EELK_Reigi_kogudus, lk 7
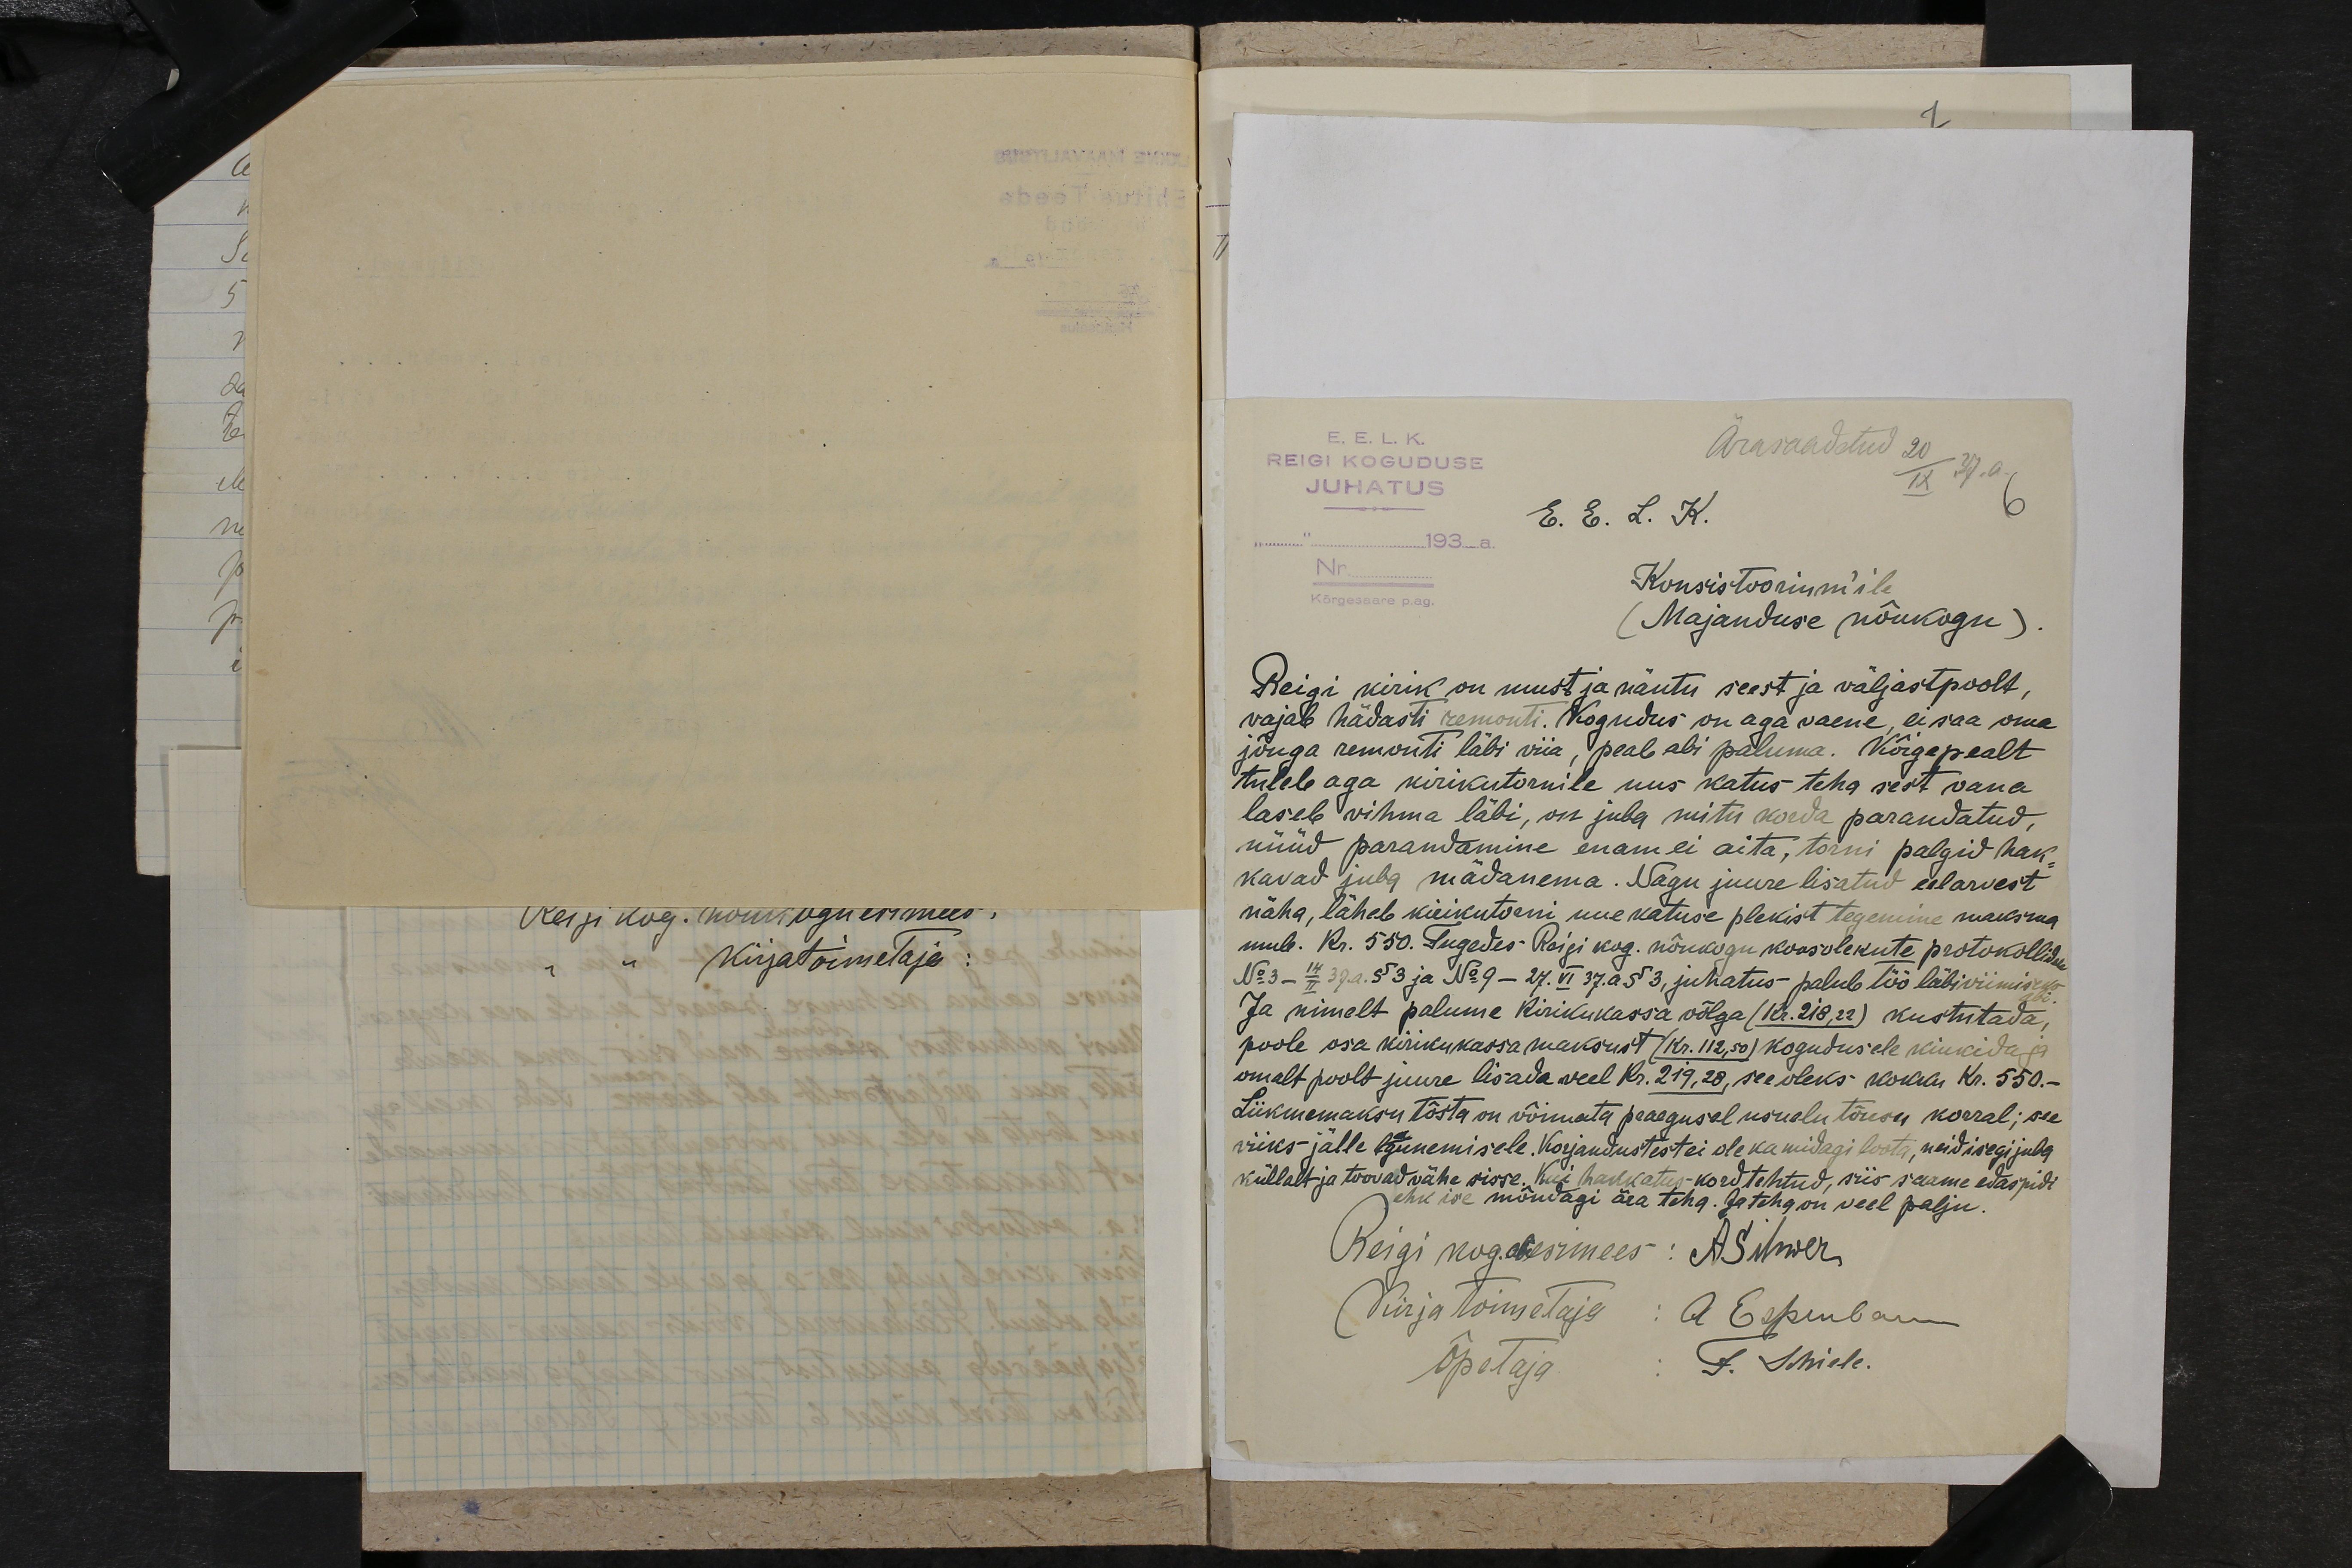
E.E.L.K.
REIGI KOGUDUSE
Ärasaadetud
JUHATUSE
20 IX.37.a.
E. E. L. K.
6
" 193 a.
Nr.
Konsistooriumile
Kõrgesaare p.ag.
(Majanduse (nõukogu).
Reigi kirik on must ja näutu seest ja väljastpoolt
vajab hädasti remonti. Kogudus on aga vaene, ei saa oma
jõuga remonti läbi viia, peab abi paluma. Kõigepealt
tuleb aga kirikutornile uus katus teha sest vana
laseb vihma läbi, on juba mitu korda parandatud.
nüüd parandamine enam ei aita, torni palgid hak-
kavad juba mädanema. Nagu juure lisatud eelarvest
näha, läheb kirikutseni uue katuse plekist tegemine maksma
mule. Kr. 550. Lugedes Reigi kog. nõukogu koosolekute protokollidest
No 3 - 14 II 37.a. §3 ja No 9- 27 VI 37. a §3, juhatus palub töö läbiviimiseks
Ja nimelt palume kirikukassa võlga (Kr. 218,22) kustutada.
poole osa kirikukassa maksust (kr. 112,50) kogudusele kinkida,
omalt poolt juure lisada veel Kr.219,28, see oleks kokku Kr. 550.-
Liiikmemaksu tõsta on võimata praegusel usuelu tõusu korral; see
viiks jälle lagunemisele. Korjandustest ei ole ka midagi loota, neid isegi juba
küllalt ja toovad vähe sisse. Kui hakkatus kord tehtud, siis saame edaspidi
ehk ise mõndagi ära teha. Ja tehg on veel palju
Reigi kog. aseesimees: ASihwer
Kirja toimetaja: A. Espenb..
Õpetaja.
F. Thiele.